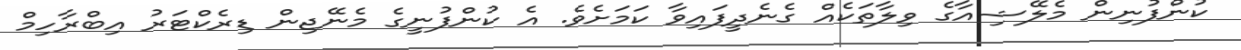
ކުންފުނިން މެލޭޝިއާގެ ވިލާތަކެއް ގެނެދީފައިވާ ކަމަށެވެ. އެ ކުންފުނީގެ މެނޭޖިން ޑިރެކްޓަރު އިބްރާހިމް